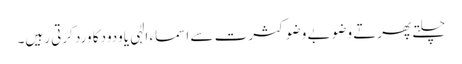
چلتے پھرتے وضو بے وضو کثرت سے اسماء الٰہی یاودودکا ورد کرتی رہیں۔